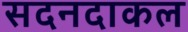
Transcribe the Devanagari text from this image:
सदनदाकल